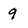
Character: 9